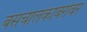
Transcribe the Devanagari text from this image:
बसचालकाबरोबर